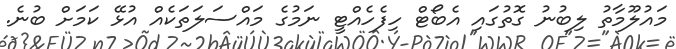
މައުލޫމާތު ލިބުނު ގޮތުގައި އެބޯޓް ހިފެހެއްޓީ ނަމުގެ މައްސަލަތަކެއް އުޅޭ ކަމަށް ބުނެ.